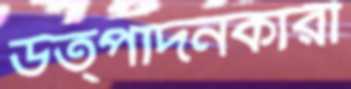
উত্পাদনকারী